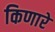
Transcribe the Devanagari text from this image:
किणारे